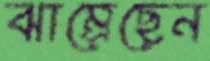
ঝাম্‌রেছেন